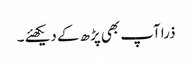
ذرا آپ بھی پڑھ کے دیکھئے ۔